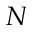
N